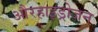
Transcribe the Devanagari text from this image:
औरहाइड्रोजन